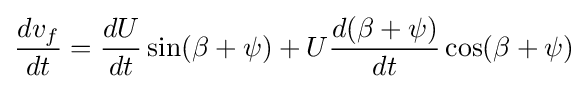
{\frac {dv_{f}}{dt}}={\frac {dU}{dt}}\sin(\beta +\psi )+U{\frac {d(\beta +\psi )}{dt}}\cos(\beta +\psi )